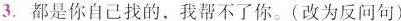
3.都是你自己找的，我帮不了你。(改为反问句)